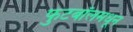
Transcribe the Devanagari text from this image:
फुटबॉलमधून